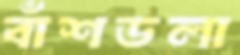
বাঁশডলা